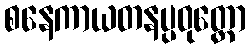
စနေကာယတနပ္ပဝုတ္တော